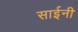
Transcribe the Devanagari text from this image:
साईनी